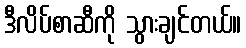
ဒီလိပ်စာဆီကို သွားချင်တယ်။